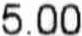
5.00